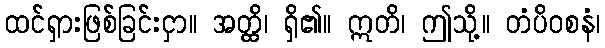
ထင်ရှားဖြစ်ခြင်းငှာ။ အတ္ထိ၊ ရှိ၏။ ဣတိ၊ ဤသို့။ တံပိဝစနံ၊